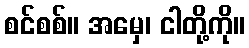
စင်စစ်။ အမှေ၊ ငါတို့ကို။